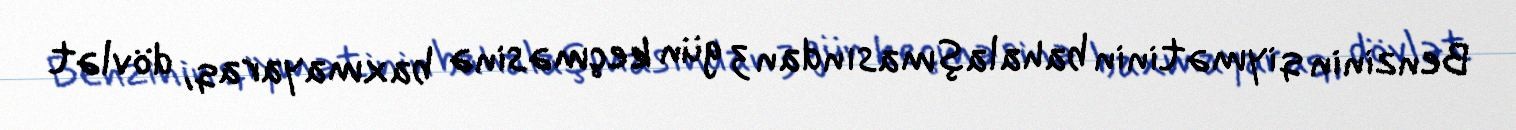
Benzinin qiymətinin bahalaşmasından 3 gün keçməsinə baxmayaraq, dövlət